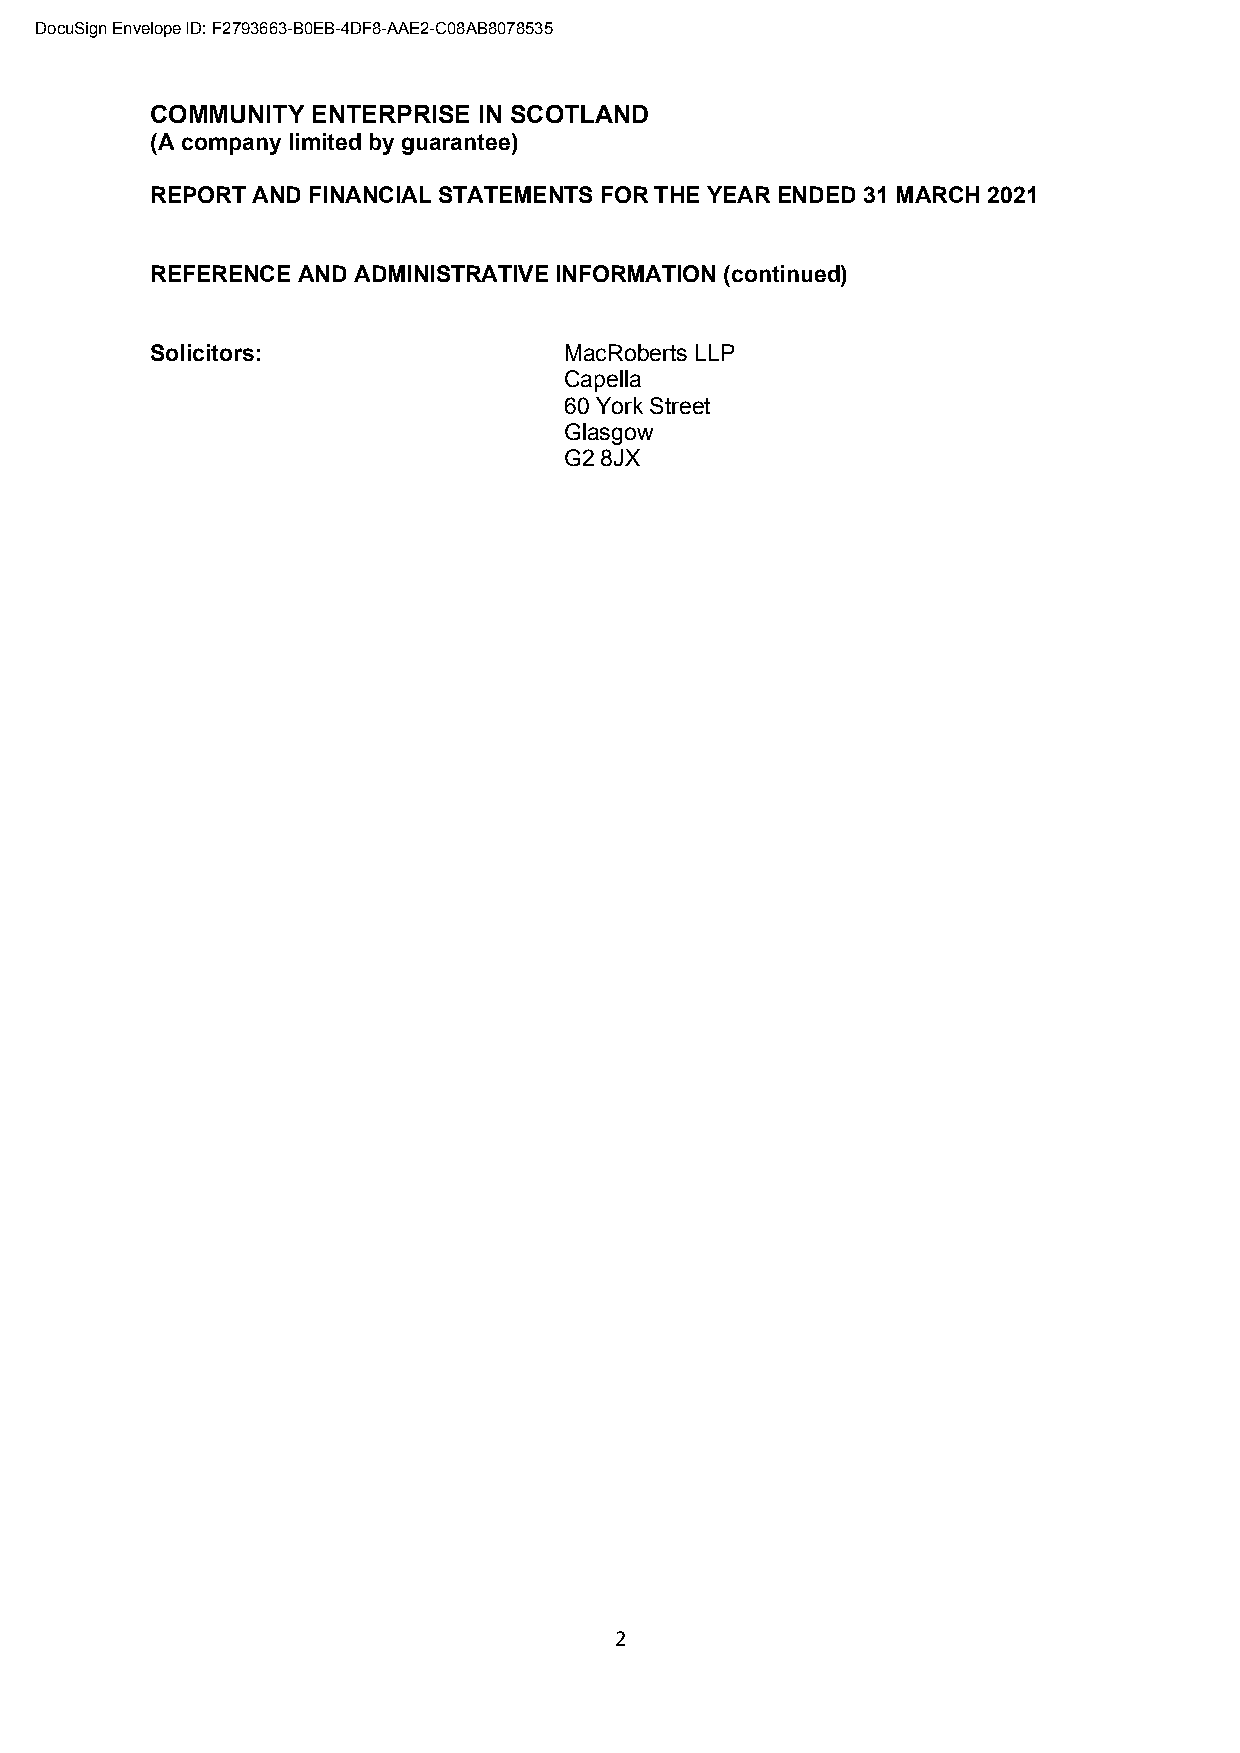
DocuSign Envelope ID: F2793663-B0EB-4DF8-AAE2-C08AB8078535
 COMMUNITY  ENTERPRISE IN SCOTLAND
 (A company limited by guarantee)
 REPORT AND FINANCIAL STATEMENTS FOR THE YEAR ENDED 31 MARCH 2021
 REFERENCE AND ADMINISTRATIVE INFORMATION (continued)
 Solicitors:                MacRoberts LLP
 Capella
 60 York Street
 Glasgow
 G2 8JX
 2